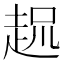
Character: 𲃌